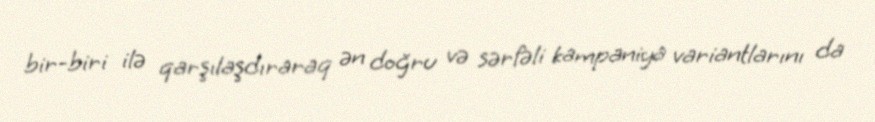
bir-biri ilə qarşılaşdıraraq ən doğru və sərfəli kampaniya variantlarını da